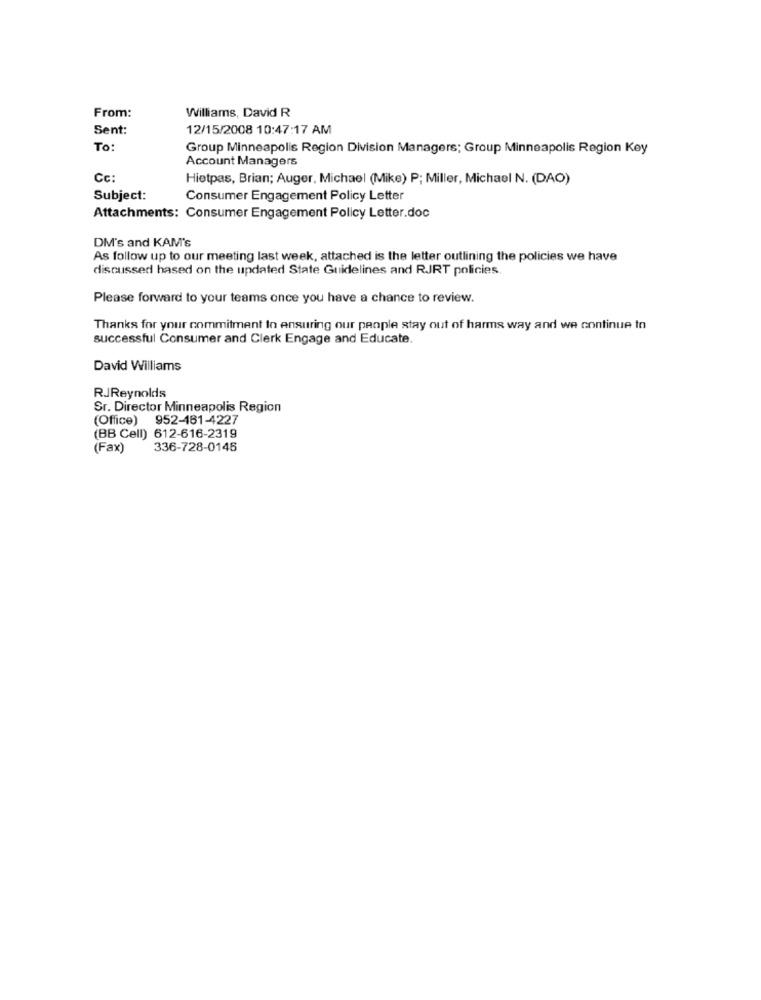
From:
Williams, David R
Sent:
12/15/2008 10:47:17 AM
To:
Group Minneapolis Region Division Managers; Group Minneapolis Region Key
Account Managers
Cc:
Hietpas, Brian; Auger, Michael (Mike) P; Miller, Michael N. (DAO)
Subject:
Consumer Engagement Policy Letter
Attachments: Consumer Engagement Policy Letter.doc
DM's and KAM's
As follow up to our meeting last week, attached is the letter outlining the policies we have
discussed based on the updated State Guidelines and RJRT policies
Please forward to your teams once you have a chance to review.
Thanks for your commitment to ensuring our people stay out of harms way and we continue to
successful Consumer and Clerk Engage and Educate.
David Williams
RJReynolds
Sr. Director Minneapolis Region
(Office) 952-161-4227
(BB Cell) 612-616-2319
(Fax)
336-728-0146